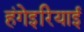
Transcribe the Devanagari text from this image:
हंगेइरियाई